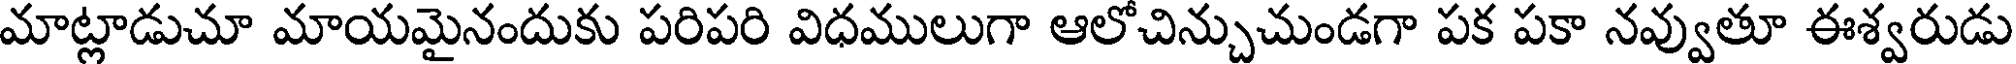
మాట్లాడుచూ మాయమైనందుకు పరిపరి విధములుగా ఆలోచిన్చుచుండగా పక పకా నవ్వుతూ ఈశ్వరుడు